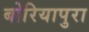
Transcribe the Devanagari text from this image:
बोरियापुरा